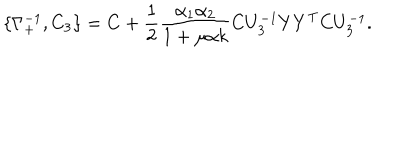
LaTeX: \{ \Gamma _ { + } ^ { - 1 } , C _ { 3 } \} = C + \frac { 1 } { 2 } \frac { \alpha _ { 1 } \alpha _ { 2 } } { 1 + \mu \alpha k } C U _ { 3 } ^ { - 1 } Y Y ^ { \mathrm { T } } C U _ { 3 } ^ { - 1 } .